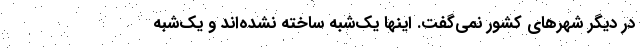
در دیگر شهرهای کشور نمی‌گفت. اینها یک‌شبه ساخته نشده‌اند و یک‌شبه